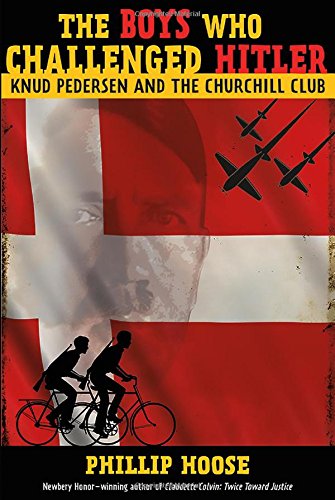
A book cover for The Boys Who Challenged Hitler: Knud Pedersen and the Churchill Club; Phillip Hoose; Teen & Young Adult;